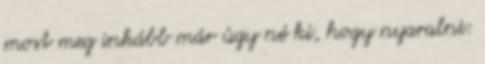
most meg inkább már úgy né ki, hogy nyaralni: